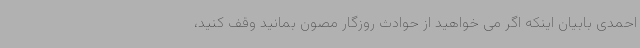
احمدی بابیان اینکه اگر می خواهید از حوادث روزگار مصون بمانید وقف کنید،